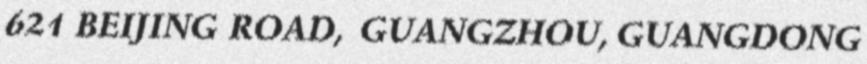
621 BEIJING ROAD, GUANGZHOU, GUANGDONG